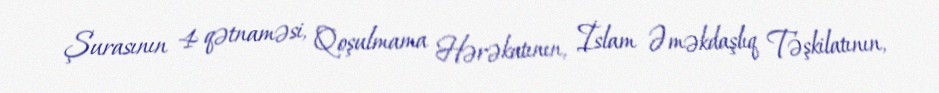
Şurasının 4 qətnaməsi, Qoşulmama Hərəkatının, İslam Əməkdaşlıq Təşkilatının,